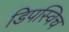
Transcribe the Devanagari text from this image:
डिपस्विच